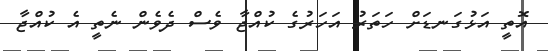
އޮތީ އަޅުގަނޑަށް ހަތަރު އަހަރުގެ ކުއްޖާ ވެސް ދެވެން ނެތީ އެ ކުއްޖާ